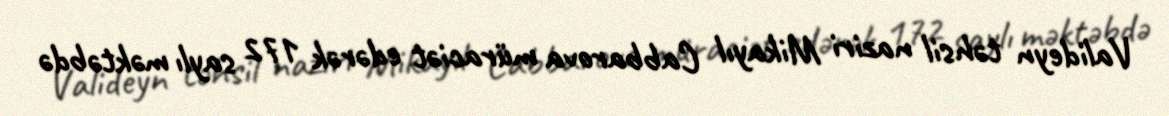
Valideyn təhsil naziri Mikayıl Cabbarova müraciət edərək 172 saylı məktəbdə